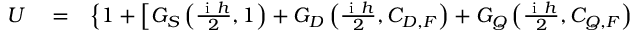
\begin{array} { r l r } { U } & { { } = } & { \left\{ 1 + \left[ G _ { S } \left( \frac { \mathrm { ~ i ~ } h } { 2 } , 1 \right) + G _ { D } \left( \frac { \mathrm { ~ i ~ } h } { 2 } , C _ { D , F } \right) + G _ { Q } \left( \frac { \mathrm { ~ i ~ } h } { 2 } , C _ { Q , F } \right) \right. \right. } \end{array}